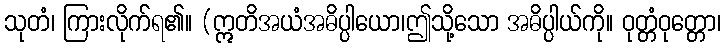
သုတံ၊ ကြားလိုက်ရ၏။ (ဣတိအယံအဓိပ္ပါယော၊ဤသို့သော အဓိပ္ပါယ်ကို။ ဝုတ္တံဝုတ္တော၊